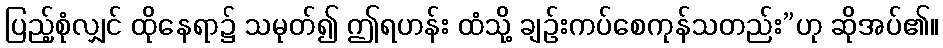
ပြည့်စုံလျှင် ထိုနေရာ၌ သမုတ်၍ ဤရဟန်း ထံသို့ ချဉ်းကပ်စေကုန်သတည်း”ဟု ဆိုအပ်၏။